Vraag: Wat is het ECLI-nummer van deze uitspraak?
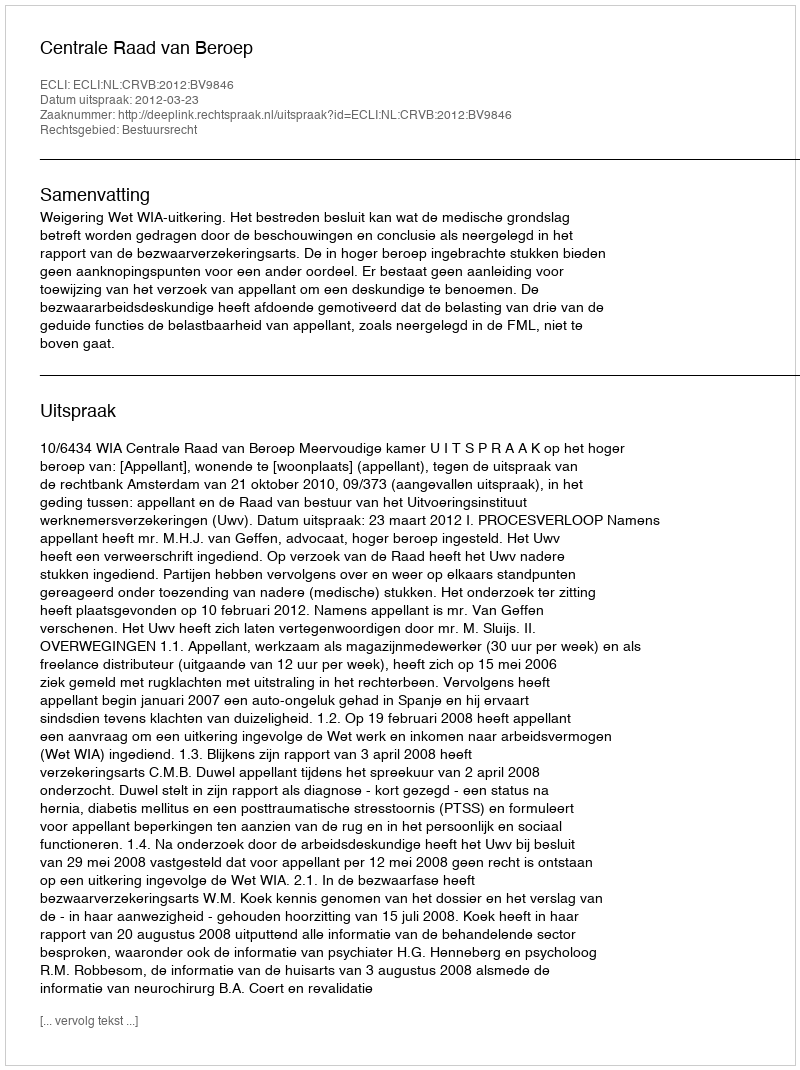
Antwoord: ECLI:NL:CRVB:2012:BV9846